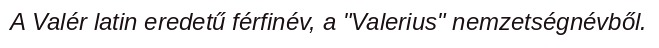
A Valér latin eredetű férfinév, a "Valerius" nemzetségnévből.